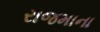
રાજમાના